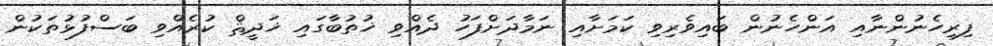
ފިރިހެނުންނާއި އަންހެނުން ބައިވެރިވި ކަމަށާއި ނަމާދަށްފަހު ދެއްވި ޚުތުބާގައި ޚަދީޘް ކުރެއްވި ބަސްފުޅުތަކުން